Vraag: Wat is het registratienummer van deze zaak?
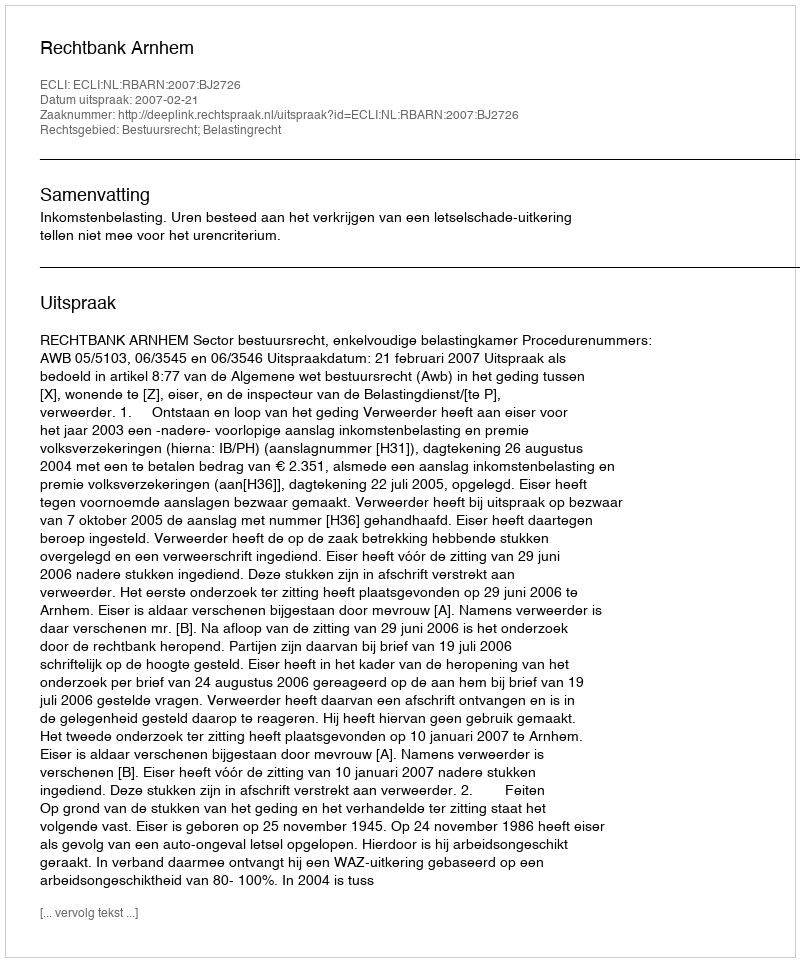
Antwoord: http://deeplink.rechtspraak.nl/uitspraak?id=ECLI:NL:RBARN:2007:BJ2726